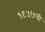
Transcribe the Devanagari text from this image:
१९५७ची